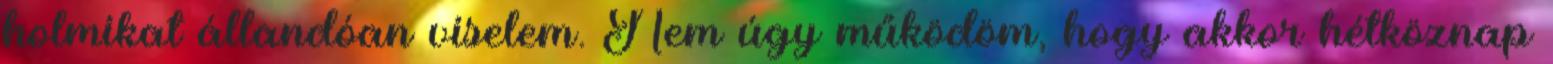
holmikat állandóan viselem. Nem úgy működöm, hogy akkor hétköznap